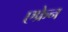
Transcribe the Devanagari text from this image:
एफ्रेन